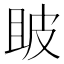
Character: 𤿚